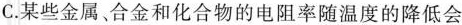
C.某些金属合金和化合物的电阻率随温度的降低会